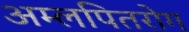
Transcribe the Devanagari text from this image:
अम्लपितरोग